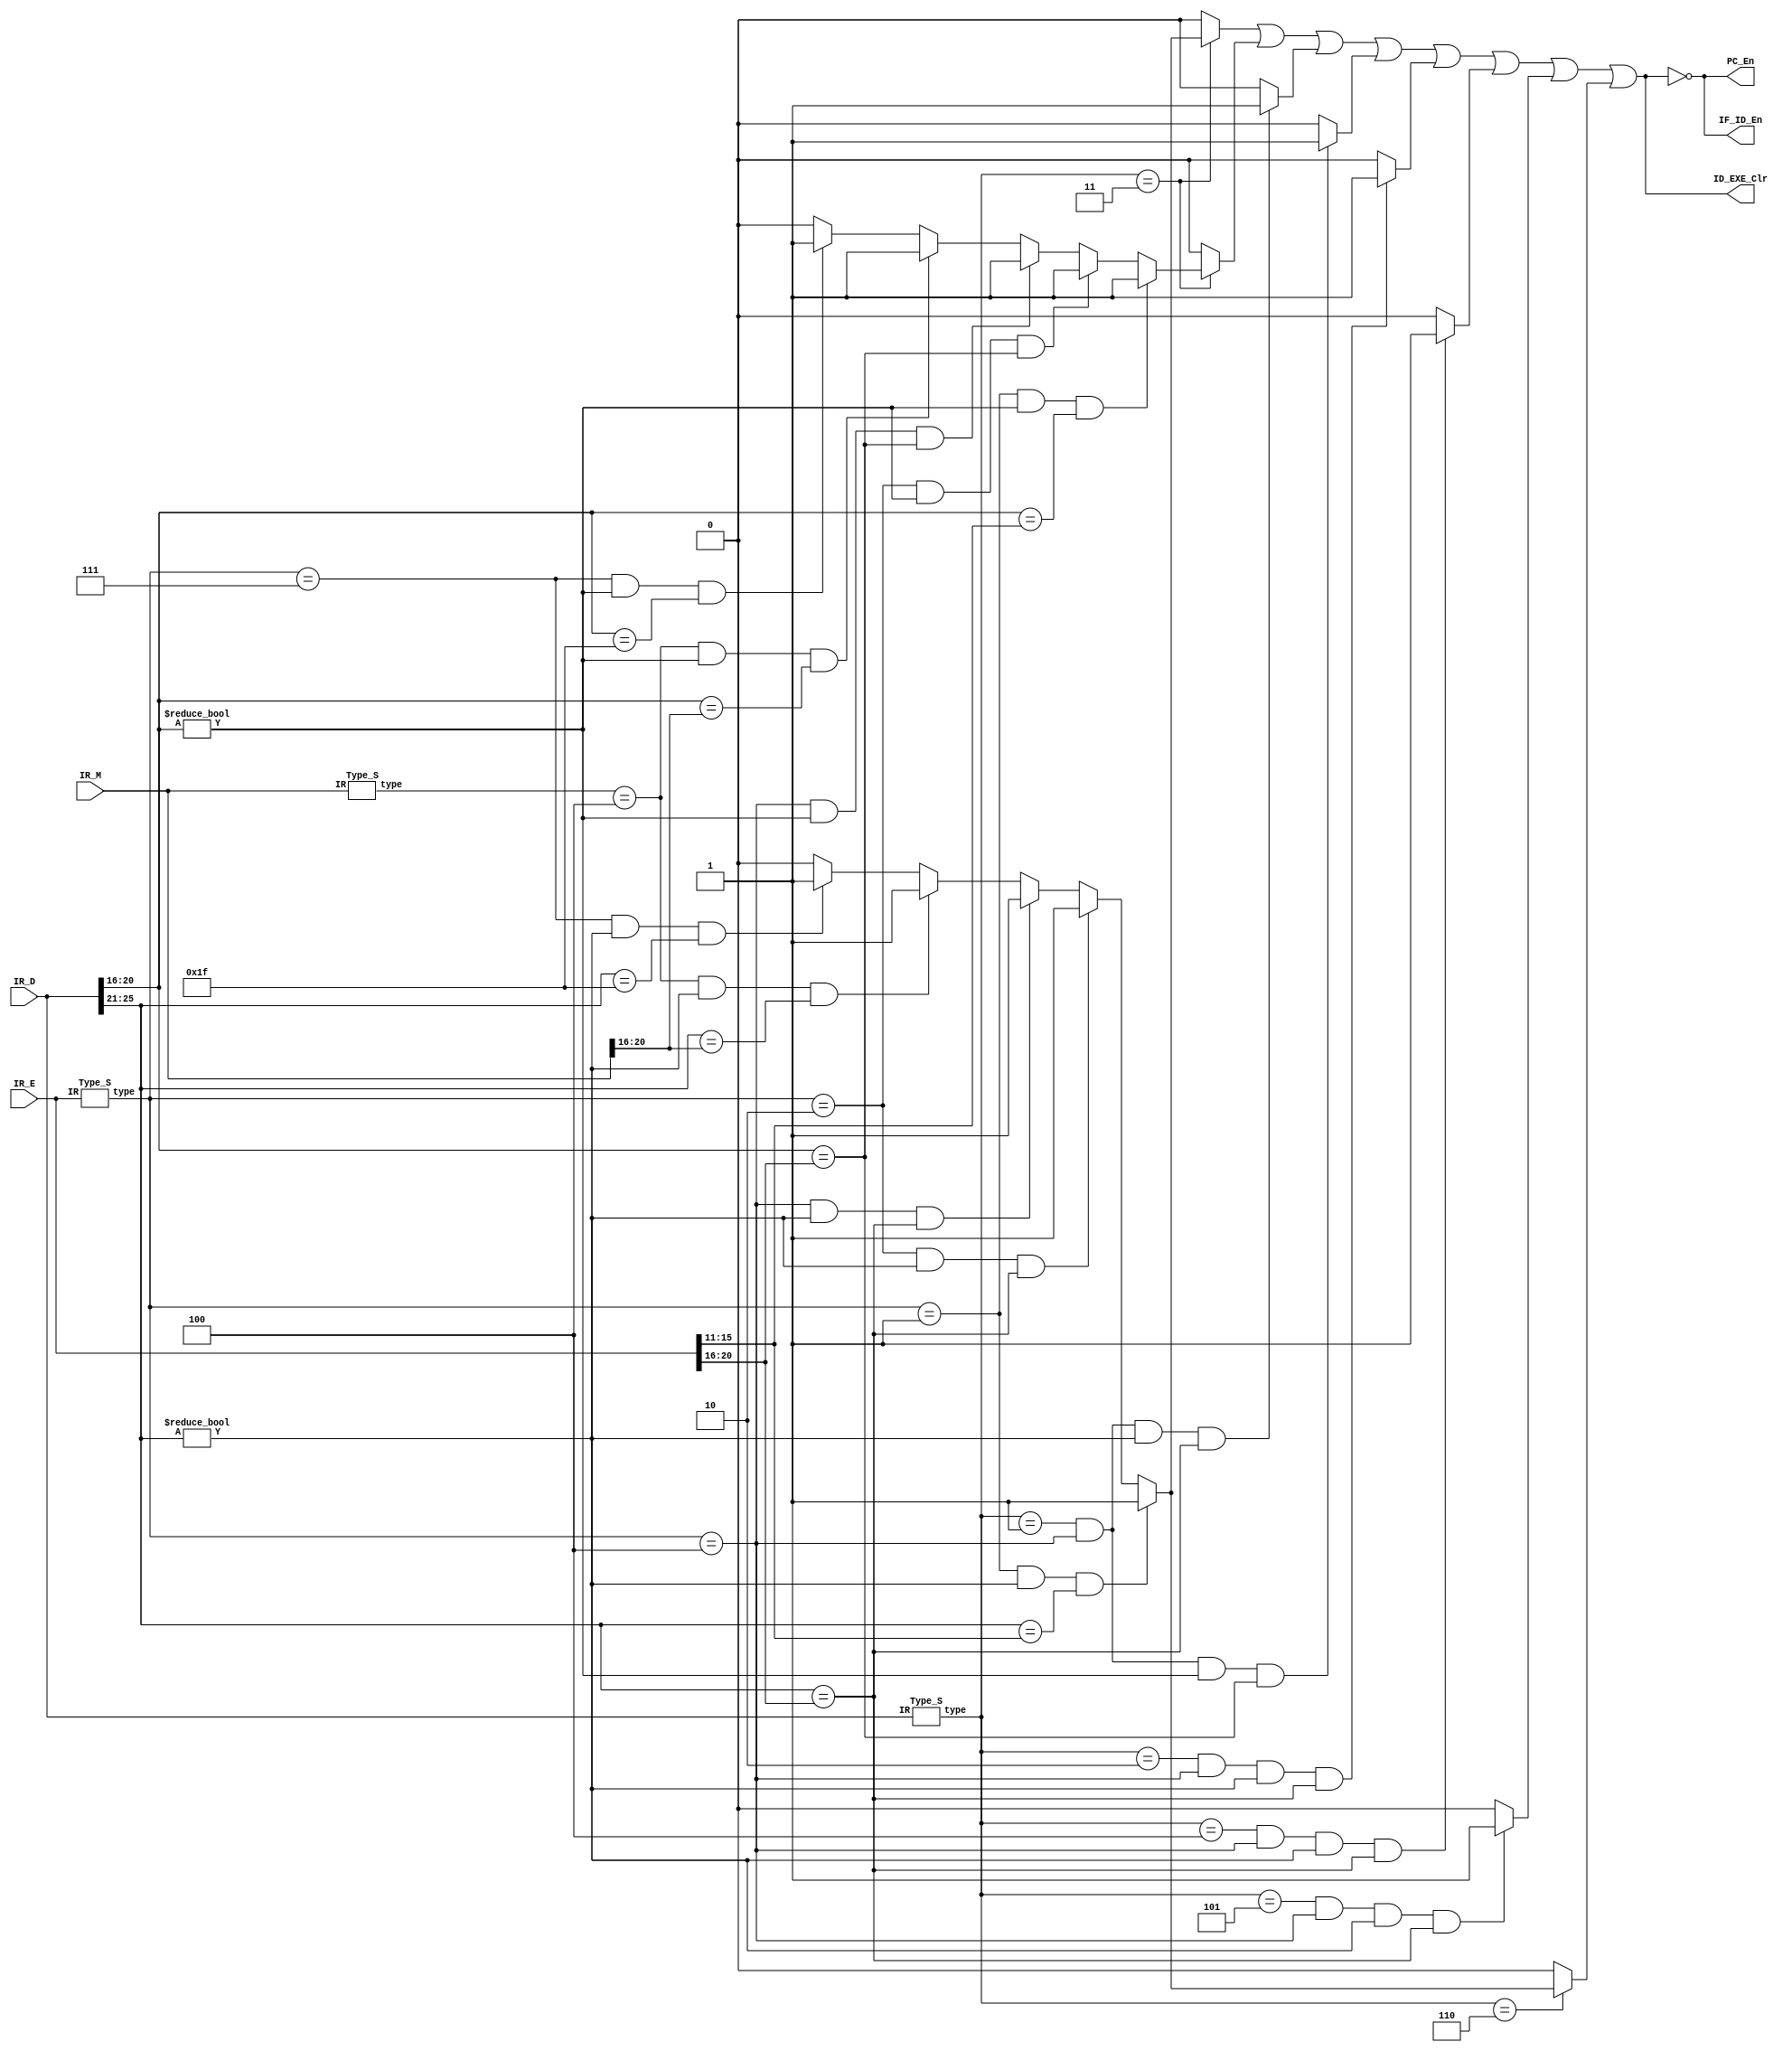
`timescale 1ns / 1ps

`define op 31:26
`define rs 25:21
`define rt 20:16
`define rd 15:11
`define func 5:0
//////////////////////////////////////////////////////////////////////////////////
// Company: 
// Engineer: 
// 
// Design Name: 
// Module Name:    Stall 
// Project Name: 
// Target Devices: 
// Tool versions: 
// Description: 
//
// Dependencies: 
//
// Revision: 
// Revision 0.01 - File Created
// Additional Comments: 
//
//////////////////////////////////////////////////////////////////////////////////
module Stall(
    input [31:0] IR_D,
	 input [31:0] IR_E,
	 input [31:0] IR_M,
	 output PC_En,
    output IF_ID_En,
    output ID_EXE_Clr	 
    );
    
	 wire [2:0] D_type;
	 wire [2:0] E_type;
	 wire [2:0] M_type;

    Type_S D_Type_S(IR_D, D_type);
	 Type_S E_Type_S(IR_E, E_type);
	 Type_S M_Type_S(IR_M, M_type);
	 
	 reg stall_Beq_rs;
	 reg stall_Beq_rt;
	 reg stall_Cal_R_rs;
	 reg stall_Cal_R_rt;
	 reg stall_Cal_I_rs;
	 reg stall_Load_rs;
	 reg stall_Save_rs;
	 reg stall_Jr_rs;
	 
	 wire Stall_Beq_rs;
	 wire Stall_Beq_rt;
	 wire Stall_Cal_R_rs;
	 wire Stall_Cal_R_rt;
	 wire Stall_Cal_I_rs;
	 wire Stall_Load_rs;
	 wire Stall_Save_rs;
	 wire Stall_Jr_rs;
	 
	 initial begin
	    stall_Beq_rs <= 0;
	    stall_Beq_rt <= 0;
	    stall_Cal_R_rs <= 0;
	    stall_Cal_R_rt <= 0;
	    stall_Cal_I_rs <= 0;
	    stall_Load_rs <= 0;
	    stall_Save_rs <= 0;
	    stall_Jr_rs <= 0;
	 end
	 
	 always @ (*) begin
	    
		 //stall_Beq_rs
		 if (D_type == 3'b011) begin//Beq
		    
			 if (E_type == 3'b001 & IR_D[`rs] != 0 & IR_D[`rs] == IR_E[`rd])//Cal_R
		       stall_Beq_rs <= 1;
			 
			 else if (E_type == 3'b010 & IR_D[`rs] != 0 & IR_D[`rs] == IR_E[`rt])//Cal_I
			    stall_Beq_rs <= 1;
				 
			 else if (E_type == 3'b100 & IR_D[`rs] != 0 & IR_D[`rs] == IR_E[`rt])//Load
			    stall_Beq_rs <= 1;
				 
			 else if (M_type == 3'b100 & IR_D[`rs] != 0 & IR_D[`rs] == IR_M[`rt])//Load
			    stall_Beq_rs <= 1;	 
				 
			 else if (E_type == 3'b111 & IR_D[`rs] != 0 & IR_D[`rs] == 5'b11111)//Jal
			    stall_Beq_rs <= 1;
				 
			 else
			    stall_Beq_rs <= 0;
		
		 end
		 
		 else
          stall_Beq_rs <= 0;	

       //stall_Beq_rt			 
		 if (D_type == 3'b011) begin//Beq
		    
			 if (E_type == 3'b001 & IR_D[`rt] != 0 & IR_D[`rt] == IR_E[`rd])//Cal_R
		       stall_Beq_rt <= 1;
			 
			 else if (E_type == 3'b010 & IR_D[`rt] != 0 & IR_D[`rt] == IR_E[`rt])//Cal_I
			    stall_Beq_rt <= 1;
				 
			 else if (E_type == 3'b100 & IR_D[`rt] != 0 & IR_D[`rt] == IR_E[`rt])//Load
			    stall_Beq_rt <= 1;
				 
			 else if (M_type == 3'b100 & IR_D[`rt] != 0 & IR_D[`rt] == IR_M[`rt])//Load
			    stall_Beq_rt <= 1;	 
				 
			 else if (E_type == 3'b111 & IR_D[`rt] != 0 & IR_D[`rt] == 5'b11111)//Jal
			    stall_Beq_rt <= 1;
				 
			 else
			    stall_Beq_rt <= 0;
		
		 end
		 
		 else
          stall_Beq_rt <= 0;
			 
		 //stall_Cal_R_rs
		 if (D_type == 3'b001 & E_type == 3'b100 & IR_D[`rs] != 0 & IR_D[`rs] == IR_E[`rt])//Cal_R Load
		    stall_Cal_R_rs <= 1;
		 else
		    stall_Cal_R_rs <= 0;
		
		 //stall_Cal_R_rt
		 if (D_type == 3'b001 & E_type == 3'b100 & IR_D[`rt] != 0 & IR_D[`rt] == IR_E[`rt])//Cal_R Load
		    stall_Cal_R_rt <= 1;
		 else
		    stall_Cal_R_rt <= 0;
		 
		 //stall_Cal_I_rs
		 if (D_type == 3'b010 & E_type == 3'b100 & IR_D[`rs] != 0 & IR_D[`rs] == IR_E[`rt])//Cal_I Load
		    stall_Cal_I_rs <= 1;
		 else
		    stall_Cal_I_rs <= 0;
			 
		 //stall_Load_rs
		 if (D_type == 3'b100 & E_type == 3'b100 & IR_D[`rs] != 0 & IR_D[`rs] == IR_E[`rt])//Load Load
		    stall_Load_rs <= 1;
		 else
		    stall_Load_rs <= 0;
		 
		 //stall_Save_rs
		 if (D_type == 3'b101 & E_type == 3'b100 & IR_D[`rs] != 0 & IR_D[`rs] == IR_E[`rt])//Save Load
		    stall_Save_rs <= 1;
		 else
		    stall_Save_rs <= 0;
		 
		 //stall_Jr_rs
		 if (D_type == 3'b110) begin//Jr
		    
			 if (E_type == 3'b001 & IR_D[`rs] != 0 & IR_D[`rs] == IR_E[`rd])//Cal_R
		       stall_Jr_rs <= 1;
			 
			 else if (E_type == 3'b010 & IR_D[`rs] != 0 & IR_D[`rs] == IR_E[`rt])//Cal_I
			    stall_Jr_rs <= 1;
				 
			 else if (E_type == 3'b100 & IR_D[`rs] != 0 & IR_D[`rs] == IR_E[`rt])//Load
			    stall_Jr_rs <= 1;
				 
			 else if (M_type == 3'b100 & IR_D[`rs] != 0 & IR_D[`rs] == IR_M[`rt])//Load
			    stall_Jr_rs <= 1;	 
				 
			 else if (E_type == 3'b111 & IR_D[`rs] != 0 & IR_D[`rs] == 5'b11111)//Jal
			    stall_Jr_rs <= 1;
				 
			 else
			    stall_Jr_rs <= 0;
		
		 end
		 
		 else
          stall_Jr_rs <= 0;	
			 
	 end
	 
	 wire stall;
	 assign stall = stall_Beq_rs | stall_Beq_rt | stall_Cal_R_rs | stall_Cal_R_rt | stall_Cal_I_rs | stall_Load_rs | stall_Save_rs | stall_Jr_rs;
	 
	 assign PC_En = !stall;
	 assign IF_ID_En = !stall;
	 assign ID_EXE_Clr = stall;
	 
endmodule

module Type_S(
    input [31:0] IR,
	 output [2:0] type
	 );
	 
	 reg [2:0] type_temp;
	 wire [5:0] Op;
	 wire [5:0] Func;
	 
	 assign type = type_temp;
	 assign Op = IR[31:26];
	 assign Func = IR[5:0];
	 
	 ////////////////////
	 //
	 //Nop 3'b000
	 //CAL_R 3'b001
	 //CAL_I 3'b010
	 //Beq 3'b011
	 //Load 3'b100
	 //Save 3'b101
	 //Jr 3'b110
	 //Jal 3'b111
	 //
	 ////////////////////
	 
	 always @ (*) begin
	    
		 if(Op == 6'b000000) begin
		 
		    if(Func == 6'b100001) begin //Addu--CAL_R
			    type_temp <= 3'b001;
			 end
			 
			 if(Func == 6'b100011) begin //Subu--CAL_R
			    type_temp <= 3'b001;
			 end
			 
			 if(Func == 6'b001000) begin //Jr--Jr
			    type_temp <= 3'b110;
			 end
			 
			 if(Func == 6'b000000) begin //Nop--Nop
			    type_temp <= 3'b000;
			 end
			 
		 end
		 
		 else begin
		    
			 if(Op == 6'b001101) begin //Ori--CAL_I
			    type_temp <= 3'b010;
			 end
			 
			 if(Op == 6'b100011) begin //Lw--Load
			    type_temp <= 3'b100;
			 end
			 
			 if(Op == 6'b101011) begin //Sw--Save
			    type_temp <= 3'b101;
			 end
			 
			 if(Op == 6'b000100) begin //Beq--Beq
			    type_temp <= 3'b011;
			 end
			 
			 if(Op == 6'b001111) begin //Lui--CAL_I
			    type_temp <= 3'b010;
			 end
			 
			 if(Op == 6'b000011) begin //Jal--Jal
			    type_temp <= 3'b111;
			 end
			 
			 if(Op == 6'b111111) begin //Bgezalr--Beq
			    type_temp <= 3'b011;
			 end
			 
			 if(Op == 6'b011111) begin //Seb--CAL_R
			    type_temp <= 3'b001;
			 end
 
       end
	 
	end
	
endmodule